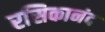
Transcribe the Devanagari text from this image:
रसिकानंद